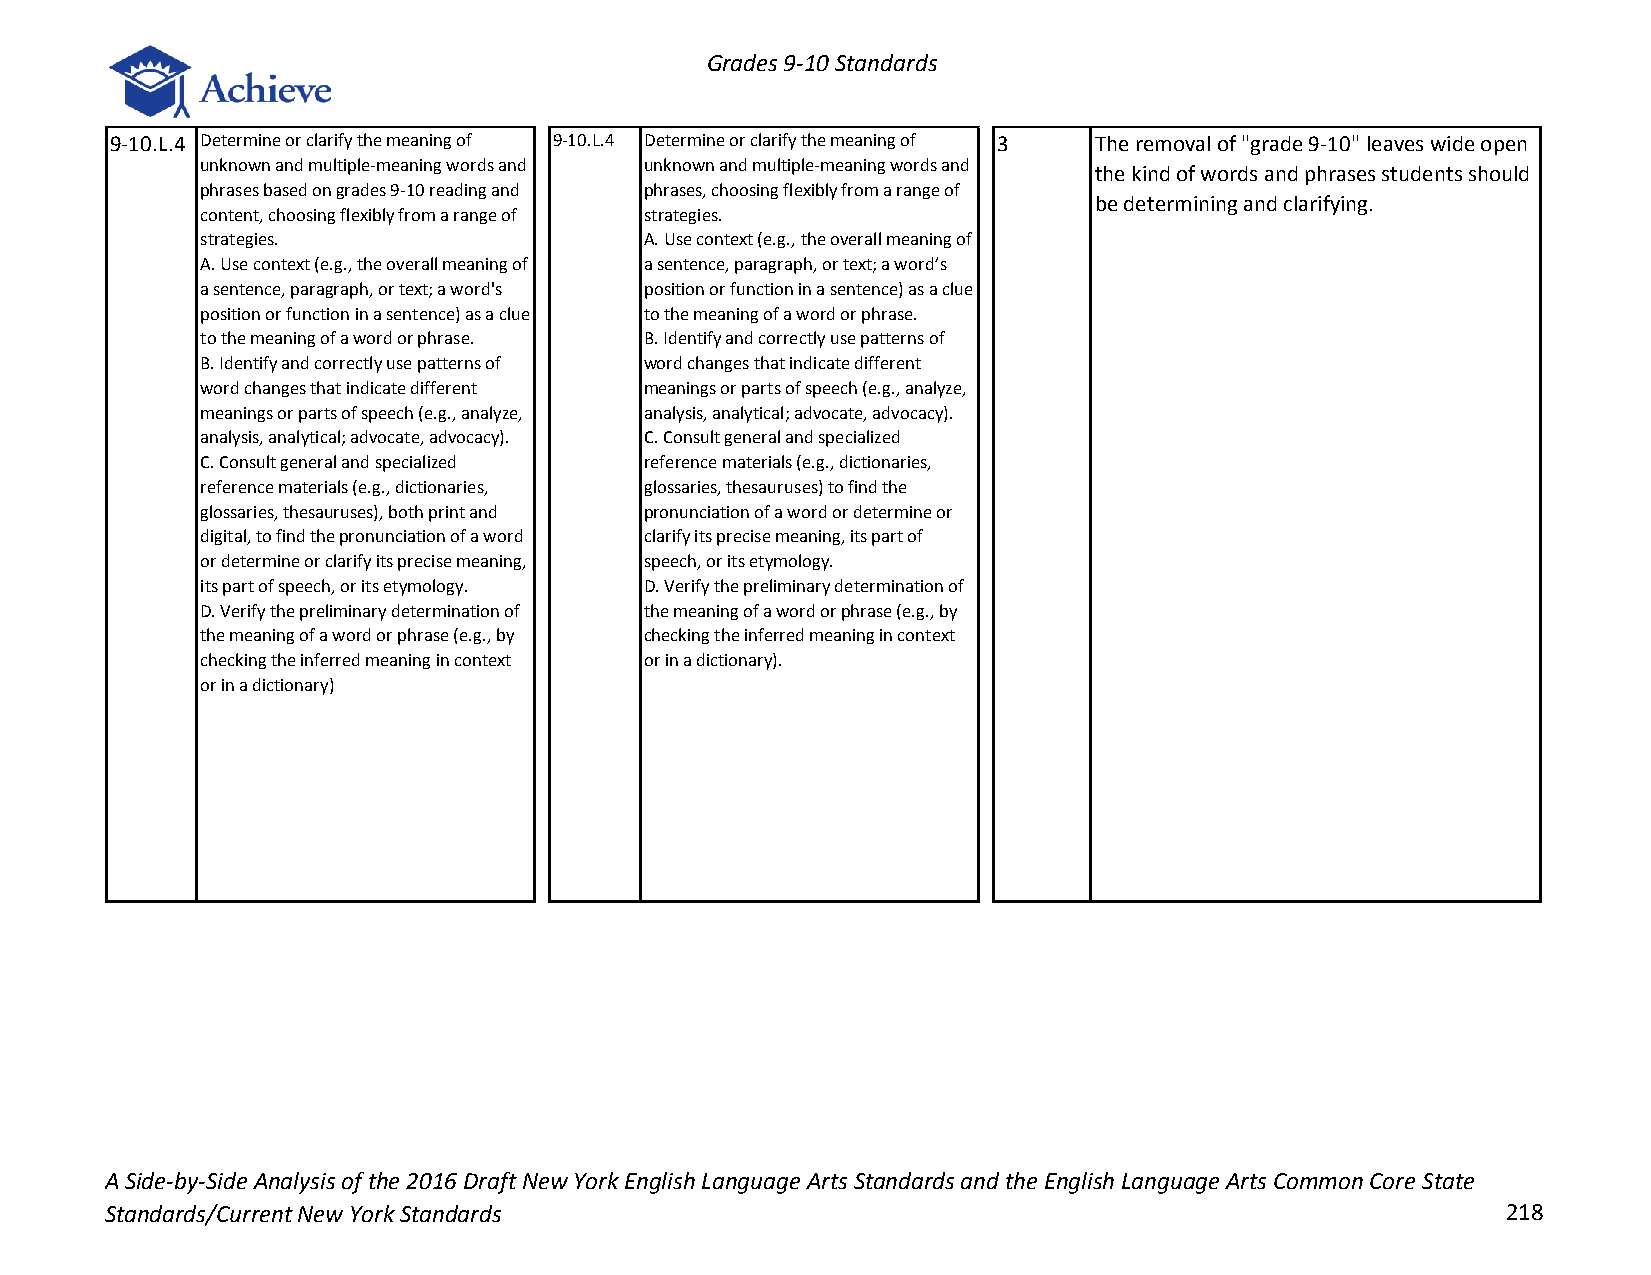
Grades 9-10 Standards
 9-10.L.4 Determine or clarify the meaning of 9-10.L.4 Determine or clarify the meaning of 3 The removal of "grade 9-10" leaves wide open
 unknown and multiple-meaning words and unknown and multiple-meaning words and
 the kind of words and phrases students should
 phrases based on grades 9-10 reading and phrases, choosing flexibly from a range of
 be determining and clarifying.
 content, choosing flexibly from a range of strategies.
 strategies.                   A. Use context (e.g., the overall meaning of
 A. Use context (e.g., the overall meaning of a sentence, paragraph, or text; a word’s
 a sentence, paragraph, or text; a word's position or function in a sentence) as a clue
 position or function in a sentence) as a clue to the meaning of a word or phrase.
 to the meaning of a word or phrase. B. Identify and correctly use patterns of
 B. Identify and correctly use patterns of word changes that indicate different
 word changes that indicate different meanings or parts of speech (e.g., analyze,
 meanings or parts of speech (e.g., analyze, analysis, analytical; advocate, advocacy).
 analysis, analytical; advocate, advocacy). C. Consult general and specialized
 C. Consult general and specialized reference materials (e.g., dictionaries,
 reference materials (e.g., dictionaries, glossaries, thesauruses) to find the
 glossaries, thesauruses), both print and pronunciation of a word or determine or
 digital, to find the pronunciation of a word clarify its precise meaning, its part of
 or determine or clarify its precise meaning, speech, or its etymology.
 its part of speech, or its etymology. D. Verify the preliminary determination of
 D. Verify the preliminary determination of the meaning of a word or phrase (e.g., by
 the meaning of a word or phrase (e.g., by checking the inferred meaning in context
 checking the inferred meaning in context or in a dictionary).
 or in a dictionary)
 A Side-by-Side Analysis of the 2016 Draft New York English Language Arts Standards and the English Language Arts Common Core State
 Standards/Current New York Standards                                                         218